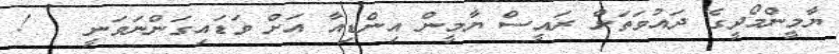
ޔާމީންމޯދީގެ ދައުވަތަށް ރައީސް ޔާމީން އިންޑިއާ އަށް ވަޑައިގަންނަވަނީ   !